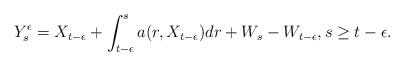
LaTeX: \begin{align*}Y_s^\epsilon=X_{t-\epsilon}+\int_{t-\epsilon}^s a(r,X_{t-\epsilon})dr+W_s-W_{t-\epsilon},s\geq t-\epsilon.\end{align*}